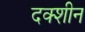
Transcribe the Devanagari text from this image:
दक्शीन